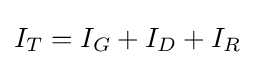
I_{T}=I_{G}+I_{D}+I_{R}